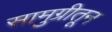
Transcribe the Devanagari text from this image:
सामुग्रीतून